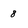
Character: 8